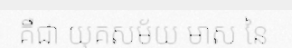
គឺជា យុគសម័យ មាស នៃ